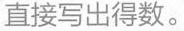
直接写出得数。